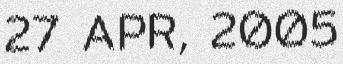
27 APR, 2005